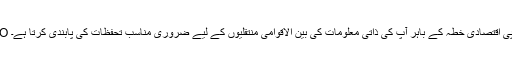
WPO یوروپی اقتصادی خطہ کے باہر آپ کی ذاتی معلومات کی بین الاقوامی منتقلیوں کے لیے ضروری مناسب تحفظات کی پابندی کرتا ہے۔